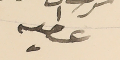
عطيه